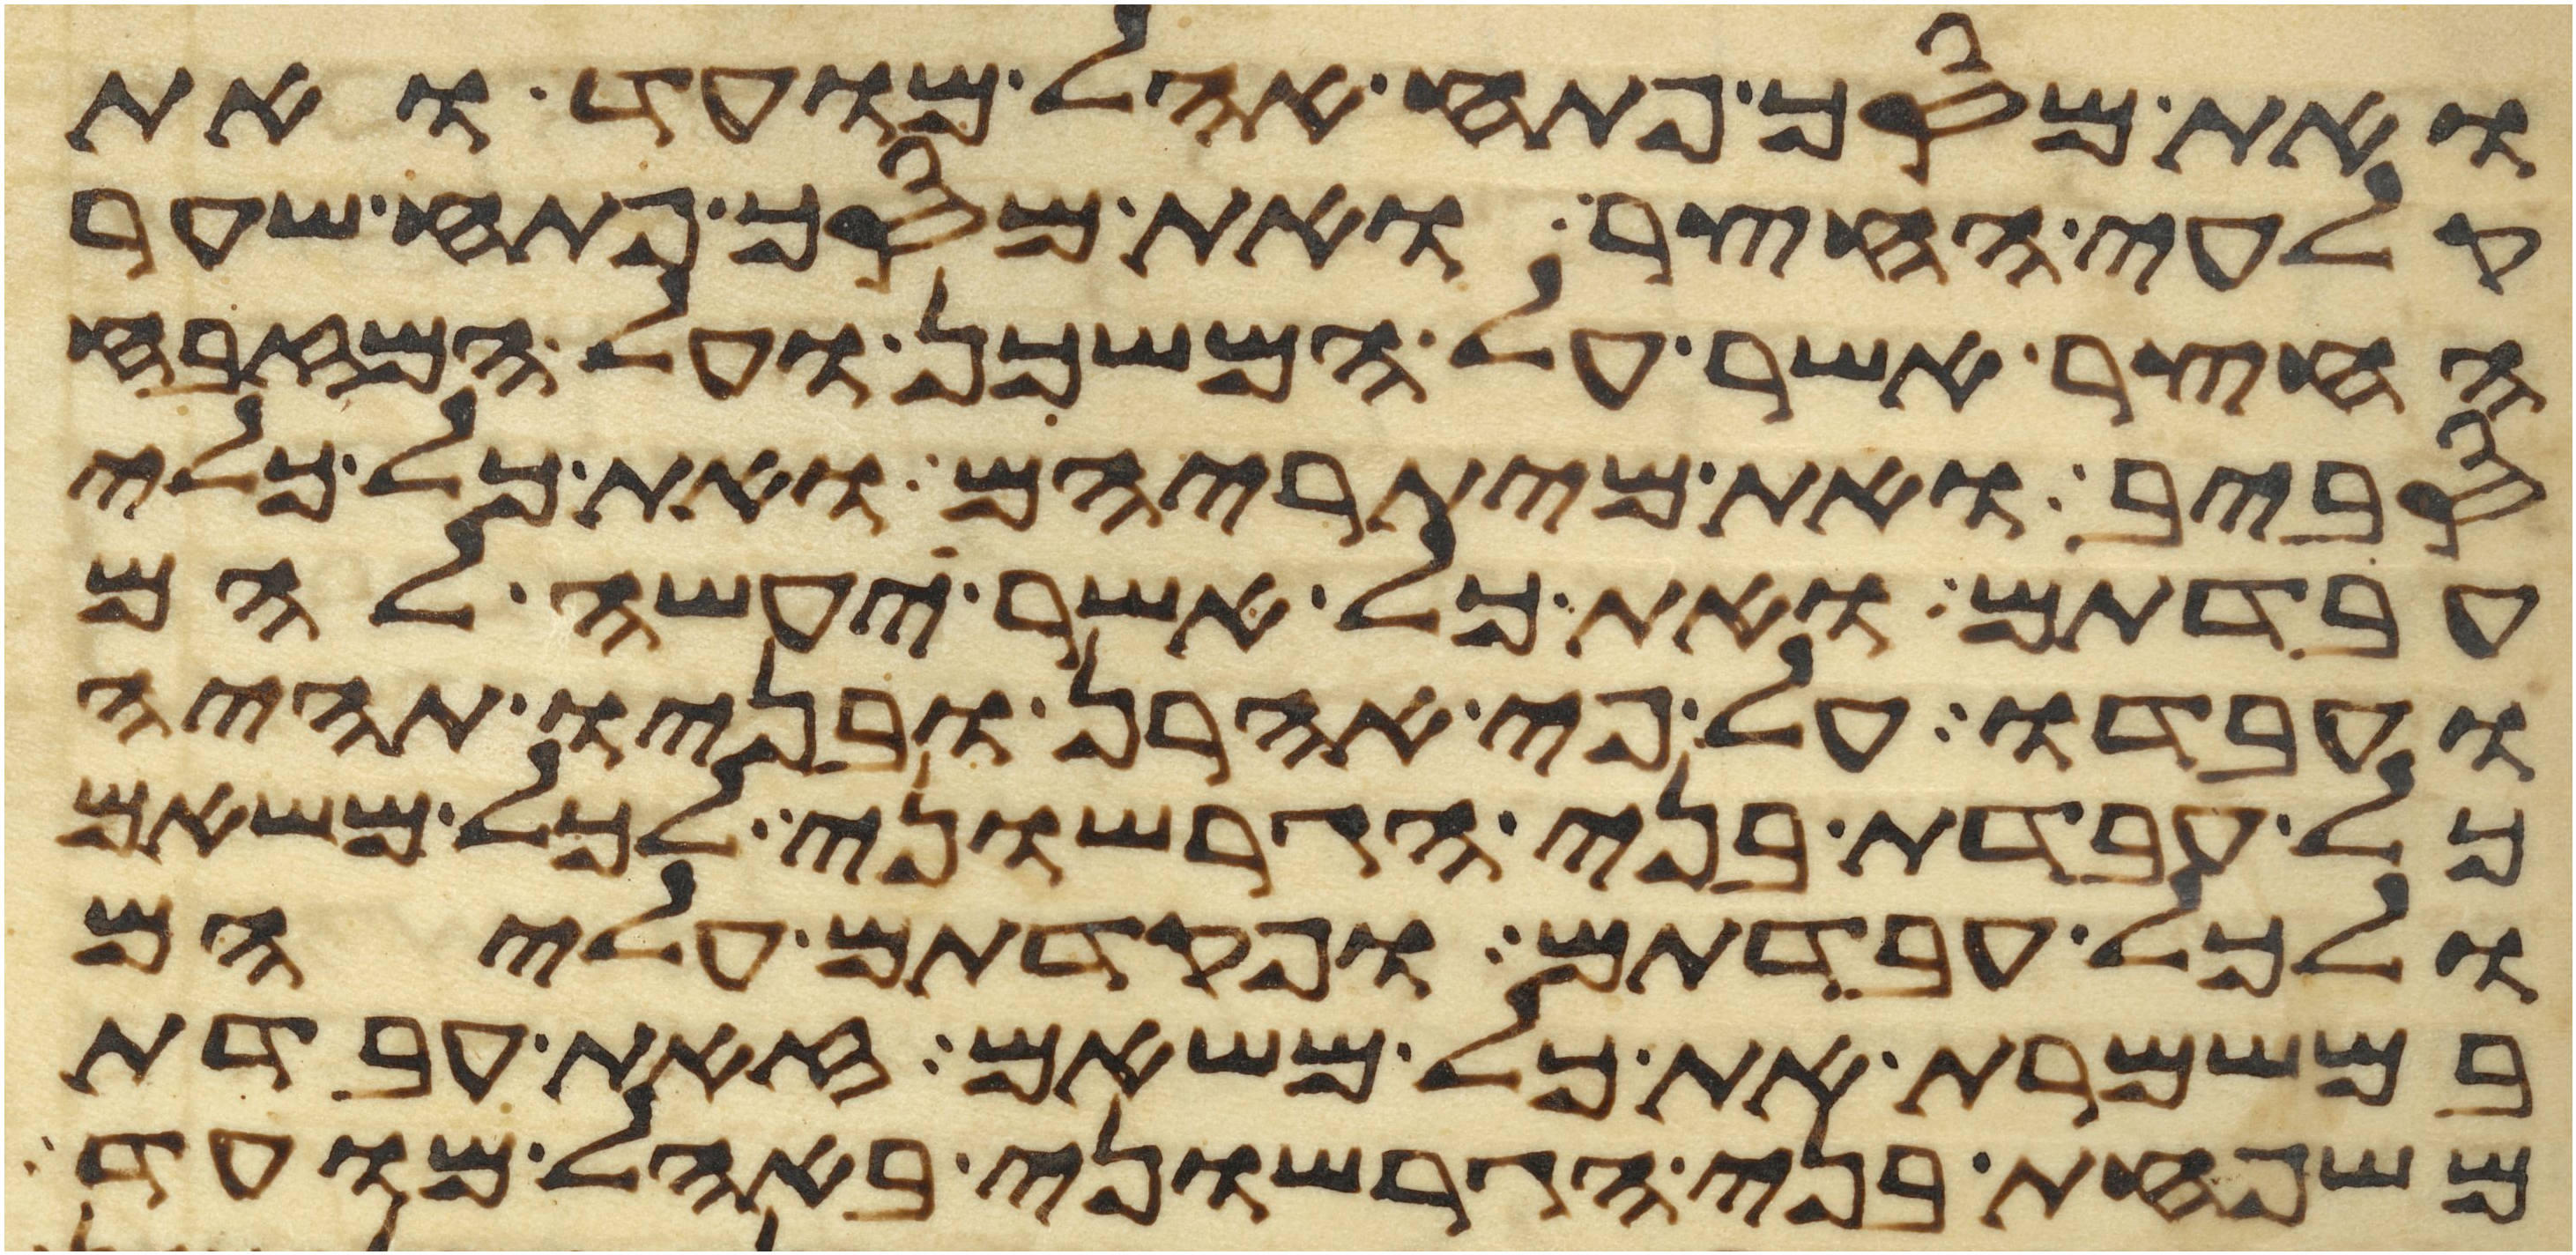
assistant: ואת מסך פתח אהל מועד ואת
קלעי החצר ואת מסך פתח שער
החצר אשר על המשכן ועל המזבח
סביב ואת מיתריהם ואת כל כלי
עבדתם ואת כל אשר יעשה להם
ועבדו על פי אהרן ובניו תהיה
כל עבדת בני הגרשוני לכל משאם
ולכל עבדתם ופקדתם עליהם
במשמרת את כל משאם זאת עבדת
משפחת בני הגרשוני באהל מועד